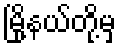
မြို့နယ်တို့မှ